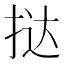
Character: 挞